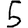
Digit: 5